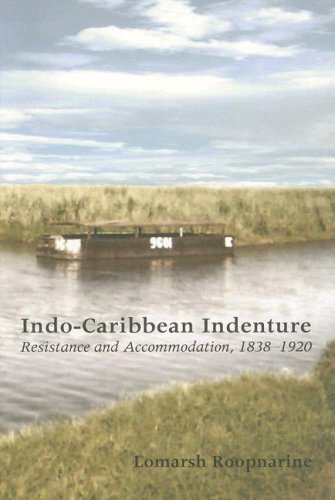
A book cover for Indo-Caribbean Indenture: Resistance and Accommodation, 1838-1920; Lomarsh Roopnarine; History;